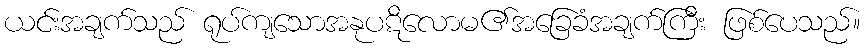
ယင်းအချက်သည် ရုပ်ကျသောအနုပဋိလောမ၏အခြေခံအချက်ကြီး ဖြစ်ပေသည်။